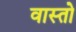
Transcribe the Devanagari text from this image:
वास्तो